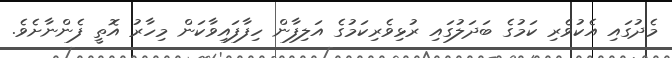
މެދުގައި އެކުވެރި ކަމުގެ ބަދަލުގައި ރުޅިވެރިކަމުގެ އަލިފާން ހިފާފައިވާކަން މިހާރު އޮތީ ފެންނާށެވެ.